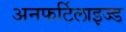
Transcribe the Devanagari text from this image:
अनफर्टिलाइज्ड